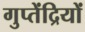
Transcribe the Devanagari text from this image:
गुप्तेंद्रियों